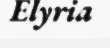
Elyria